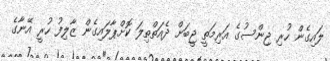
ލައިގެން ހުރި ޖިންސުގެ އަރިމަތީ ޖީބަށް ދެއަތްތިލަ ކޮށްޕާލައިގެން ޒާލިފު ހުރީ އޭނާގެ